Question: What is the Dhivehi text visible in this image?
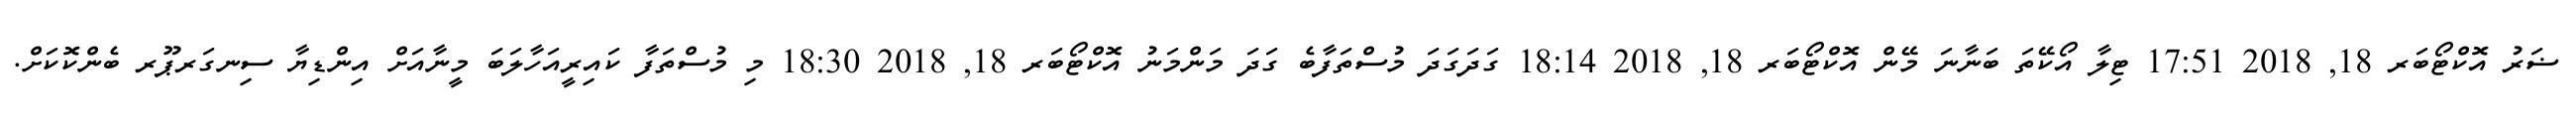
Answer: ޟަރު އޮކްޓޯބަރ 18, 2018 17:51 ޓިލާ އޯކޭތަ ބަނާނަ މޭން އޮކްޓޯބަރ 18, 2018 18:14 ގަދަގަދަ މުސްތަފާބެ ގަދަ މަންމަނު އޮކްޓޯބަރ 18, 2018 18:30 މި މުސްތަފާ ކައިރީއަހާލަބަ މީނާއަށް އިންޑިޔާ ސިނގަރޕޫރ ބެންކޮކަށް.